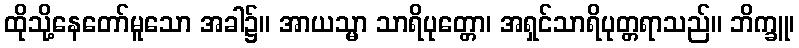
ထိုသို့နေတော်မူသော အခါ၌။ အာယသ္မာ သာရိပုတ္တော၊ အရှင်သာရိပုတ္တရာသည်။ ဘိက္ခူ၊